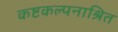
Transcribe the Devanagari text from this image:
कष्टकल्पनाश्रित